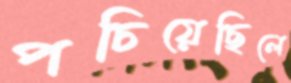
পচিয়েছিলে